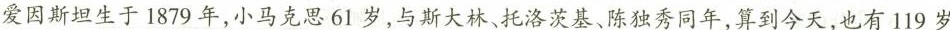
爱因斯坦生于1879年，小马科斯61随，与斯大林、托洛茨基、陈独秀同年，算到今天，也有119岁